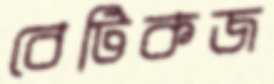
বেটিকজ